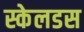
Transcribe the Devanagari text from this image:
स्केलडस